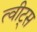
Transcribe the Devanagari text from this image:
त्वीट्स